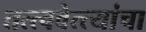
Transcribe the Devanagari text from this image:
तत्त्ववेत्त्यांचा